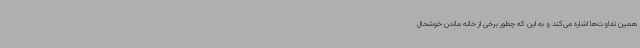
همین تفاوت‌ها اشاره می‌کند و به این که چطور برخی از خانه ماندن خوشحال